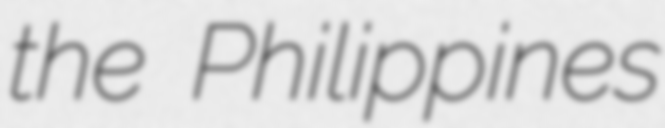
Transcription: the Philippines